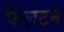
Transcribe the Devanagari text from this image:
फेलटन